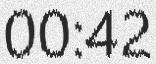
00:42